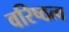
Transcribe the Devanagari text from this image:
वरिष्ठत्व